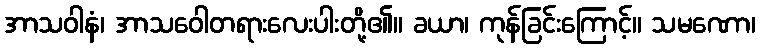
အာသဝါနံ၊ အာသဝေါတရားလေးပါးတို့၏။ ခယာ၊ ကုန်ခြင်းကြောင့်။ သမဏော၊